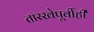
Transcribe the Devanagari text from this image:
तारखेपूर्वीही